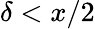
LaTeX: \delta<x/2